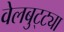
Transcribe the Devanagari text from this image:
वेलबुट्ट्या